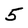
Character: 5